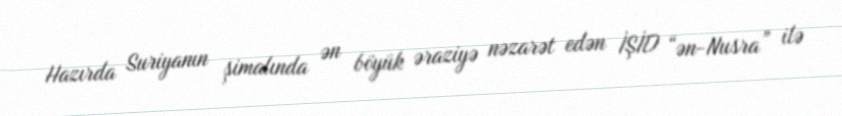
Hazırda Suriyanın şimalında ən böyük əraziyə nəzarət edən İŞİD “ən-Nusra” ilə